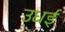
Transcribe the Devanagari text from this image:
उधई